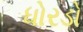
ધોરડો